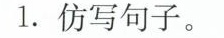
1.仿写句子。